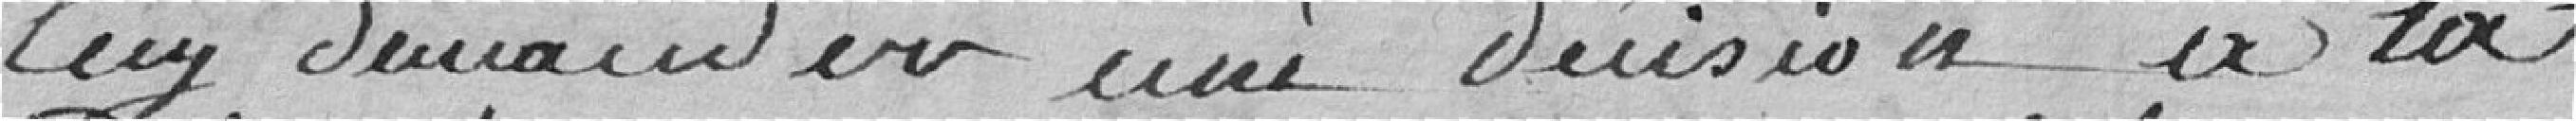
lui demander une décision à la